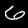
Label: 6